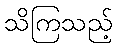
သိကြသည့်